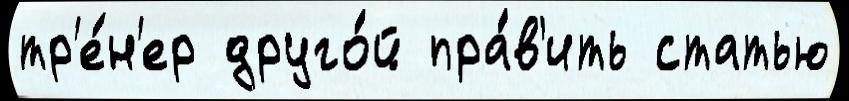
тр'е́н'ер друго́й пра́в'ить статью